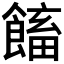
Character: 𩝲